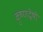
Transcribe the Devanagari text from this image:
कृष्णद्वेषी